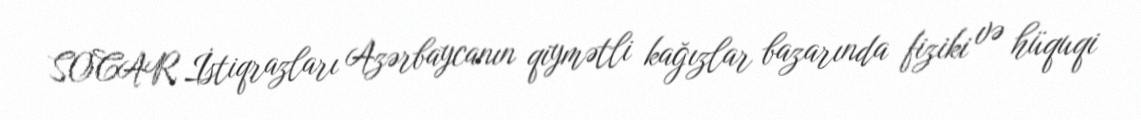
SOCAR İstiqrazları Azərbaycanın qiymətli kağızlar bazarında fiziki və hüquqi